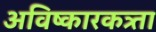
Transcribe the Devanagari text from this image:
अविष्कारकत्र्ता